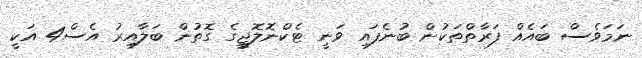
ނަމަވެސް ބައެއް ފަރާތްތަކުން ބުނެފައި ވަނީ ޓެކްނޮލޮޖީގެ ގޮތުން ބަލާއިރު އެސް4 އަކީ